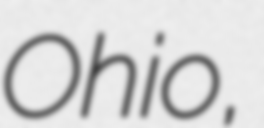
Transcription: Ohio,